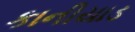
કાનીયાડ